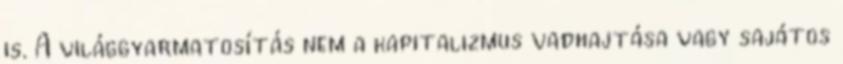
is. A világgyarmatosítás nem a kapitalizmus vadhajtása vagy sajátos